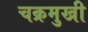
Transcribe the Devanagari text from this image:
चक्रमुखी